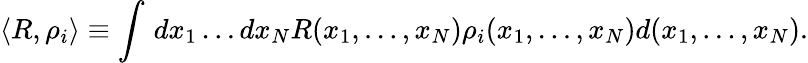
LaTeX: \langle R,\rho_{i}\rangle\equiv\int\, dx_{1}\dots dx_{N}R(x_{1},\ldots,x_{N})\rho_{i}(x_{1},\ldots,x_{N})d(x_{1},\ldots,x_{N}).